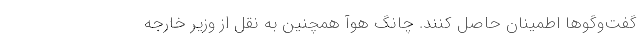
گفت‌وگوها اطمینان حاصل کنند. چانگ هوآ همچنین به نقل از وزیر خارجه